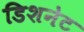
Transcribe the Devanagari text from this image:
डिशनेट